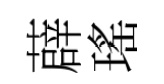
薜瑤